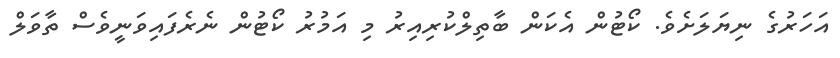
އަހަރުގެ ނިޔަލަށެވެ. ކޯޓުން އެކަން ބާތިލްކުރިއިރު މި އަމުރު ކޯޓުން ނެރެފައިވަނީވެސް ތާވަލް